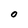
Character: O